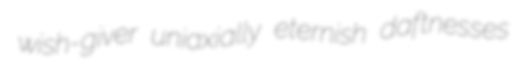
wish-giver uniaxially eternish daftnesses